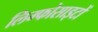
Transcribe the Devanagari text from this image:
लिम्फोसाइटों